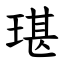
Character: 㻣